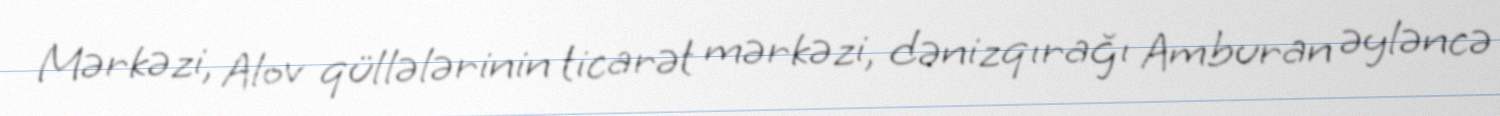
Mərkəzi, Alov qüllələrinin ticarət mərkəzi, dənizqırağı Amburan əyləncə